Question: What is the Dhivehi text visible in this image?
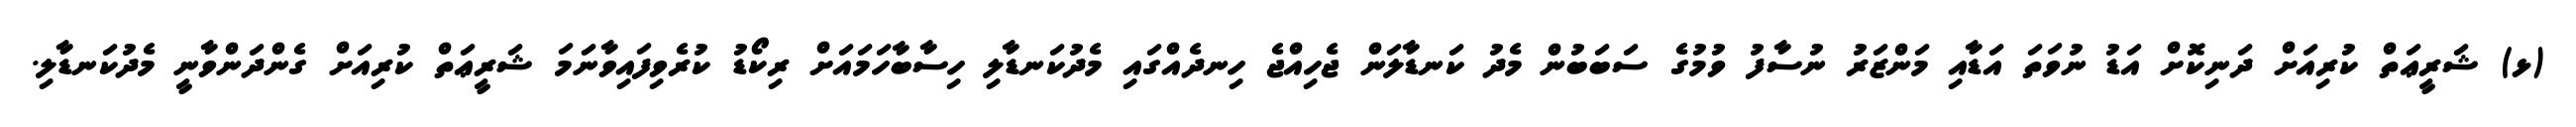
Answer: (ޅ) ޝަރީޢަތް ކުރިއަށް ދަނިކޮށް އަޑު ނުވަތަ އަޑާއި މަންޒަރު ނުސާފު ވުމުގެ ސަބަބުން މެދު ކަނޑާލަން ޖެހިއްޖެ ހިނދެއްގައި މެދުކަނޑާލި ހިސާބާހަމައަށް ރިކޯޑު ކުރެވިފައިވާނަމަ ޝަރީޢަތް ކުރިއަށް ގެންދަންވާނީ މެދުކަނޑާލި.